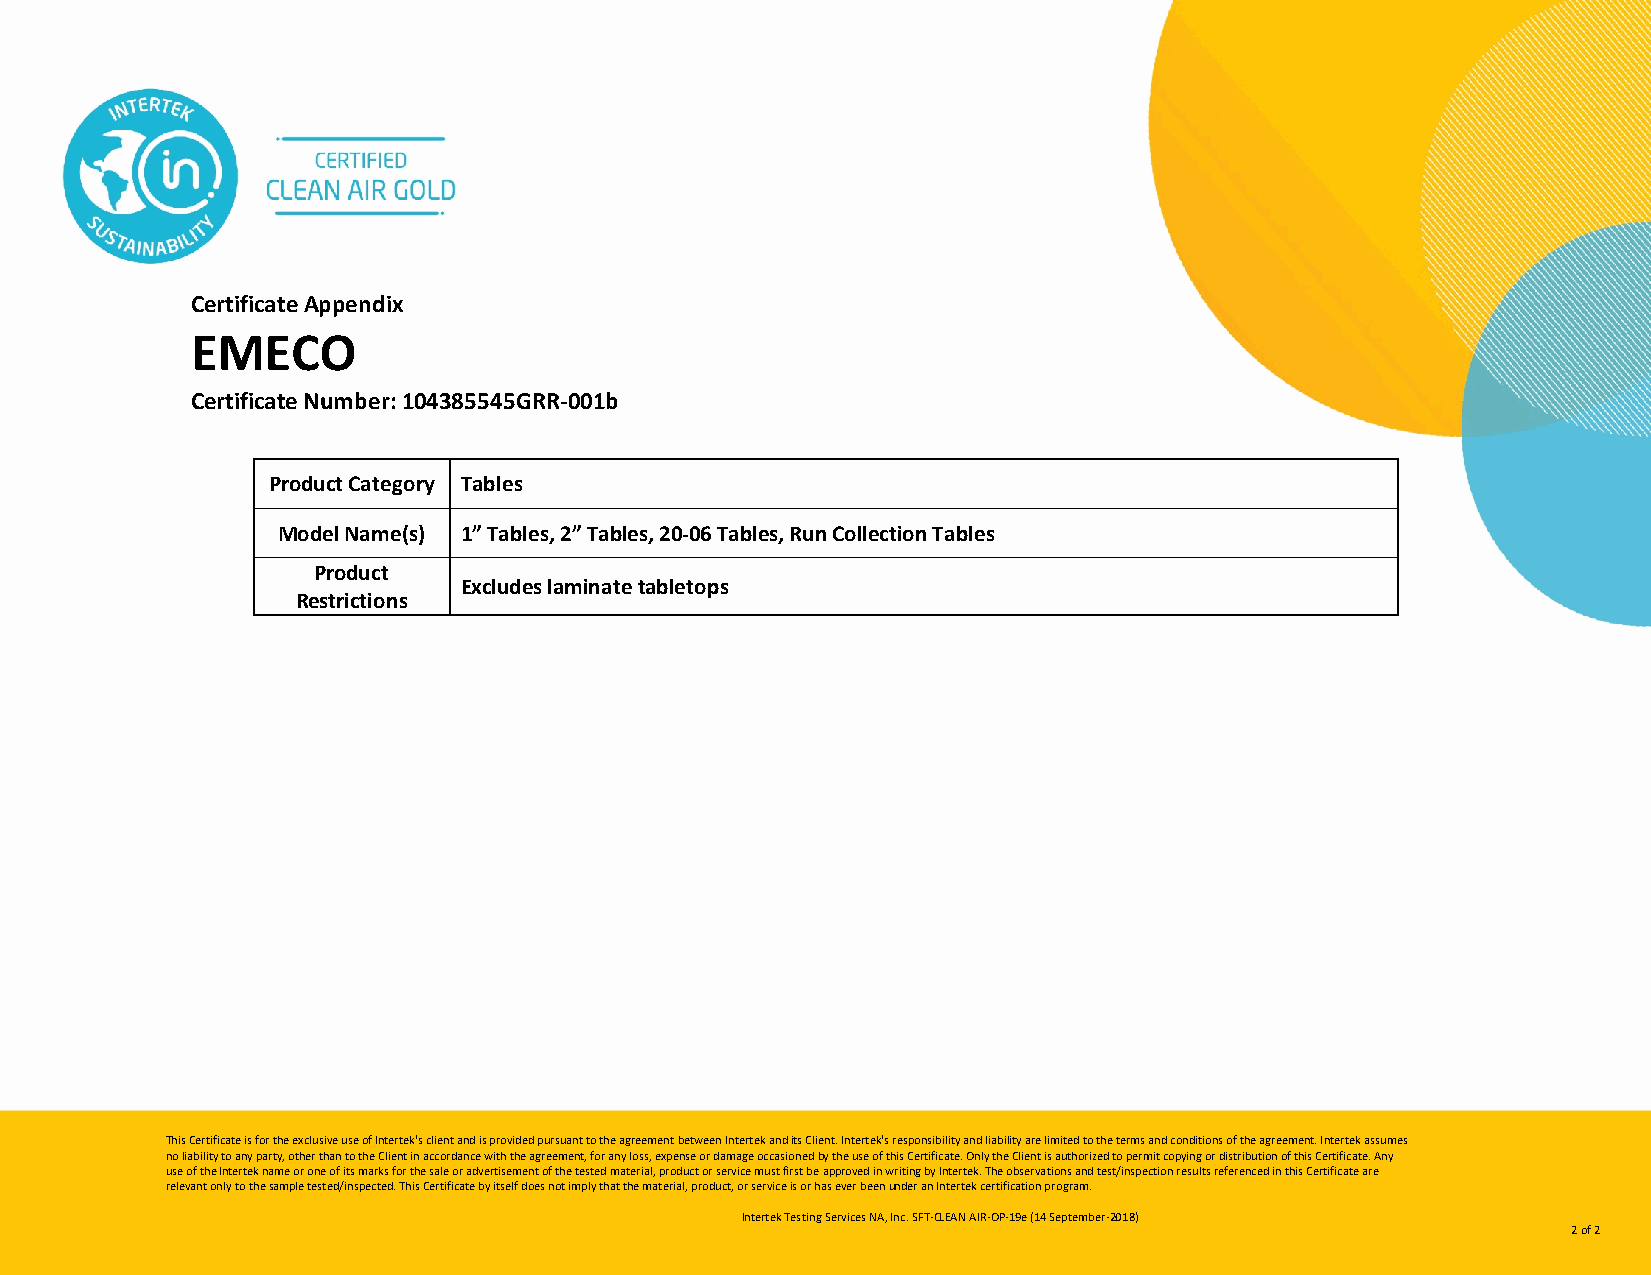
Certificate Appendix
 EMECO
 Certificate Number: 104385545GRR-001b
 Product Category Tables
 Model Name(s) 1” Tables, 2” Tables, 20-06 Tables, Run Collection Tables
 Product
 Excludes laminate tabletops
 Restrictions
 This Certificate is for the exclusive use of Intertek's client and is provided pursuant to the agreement between Intertek and its Client. Intertek's responsibility and liability are limited to the terms and conditions of the agreement. Intertek assumes
 no liability to any party, other than to the Client in accordance with the agreement, for any loss, expense or damage occasioned by the use of this Certificate. Only the Client is authorized to permit copying or distribution of this Certificate. Any
 use of the Intertek name or one of its marks for the sale or advertisement of the tested material, product or service must first be approved in writing by Intertek. The observations and test/inspection results referenced in this Certificate are
 relevant only to the sample tested/inspected. This Certificate by itself does not imply that the material, product, or service is or has ever been under an Intertek certification program.
 Intertek Testing Services NA, Inc. SFT-CLEAN AIR-OP-19e (14 September-2018)
 2 of 2